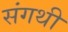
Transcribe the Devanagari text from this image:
संगथी